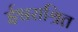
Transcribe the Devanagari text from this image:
ईश्वराश्रित